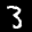
Label: 3